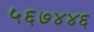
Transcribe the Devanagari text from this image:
५६७४४६